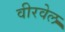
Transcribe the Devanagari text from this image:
वीरवेल